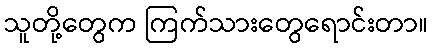
သူတို့တွေက ကြက်သားတွေရောင်းတာ။